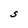
Character: S